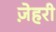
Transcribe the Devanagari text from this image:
ज़ेहरी